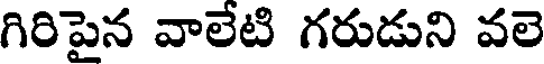
గిరిపైన వాలేటి గరుడుని వలె